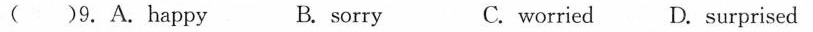
( ) 9.A.happy B.sorry C.worried D.surprised